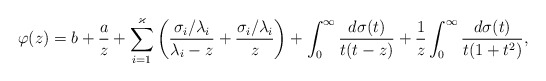
\begin{align*} \varphi(z) = b + \frac az + \sum_{i=1}^{\varkappa} \left( \frac{\sigma_i/\lambda_i}{\lambda_i-z}+\frac{\sigma_i/\lambda_i}{z} \right) + \int_0^\infty\frac{d\sigma(t)}{t(t-z)} + \frac 1z \int_0^\infty\frac{d\sigma(t)}{t(1+t^2)}, \end{align*}